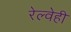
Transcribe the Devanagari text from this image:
रेल्वेही